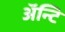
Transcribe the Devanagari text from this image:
अॅन्टि